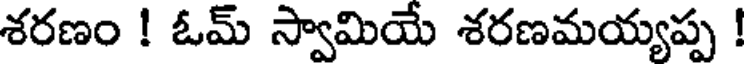
శరణం ! ఓమ్ స్వామియే శరణమయ్యప్ప !